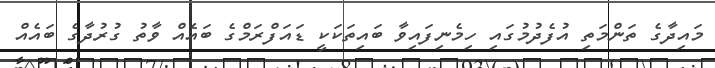
މައިދާގެ ތަންމަތި އުފެދުމުގައި ހިމެނިފައިވާ ބައިތަކަކީ ޑައަފްރަމްގެ ބައެއް ވާތު ގުރުދާގެ ބައެއް